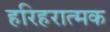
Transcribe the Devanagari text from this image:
हरिहरात्मक